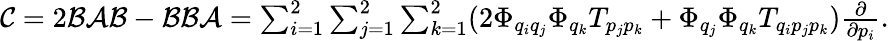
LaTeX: \begin{array}{r}{\mathcal{C}=2\mathcal{B}\mathcal{A}\mathcal{B}-\mathcal{B}\mathcal{B}\mathcal{A}=\sum_{i=1}^{2}\sum_{j=1}^{2}\sum_{k=1}^{2}(2\Phi_{q_{i}q_{j}}\Phi_{q_{k}}T_{p_{j}p_{k}}+\Phi_{q_{j}}\Phi_{q_{k}}T_{q_{i}p_{j}p_{k}})\frac{\partial}{\partial p_{i}}.}\end{array}